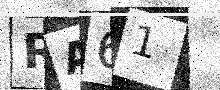
Text: RA61